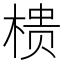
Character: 𭫀